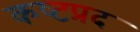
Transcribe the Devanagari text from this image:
कष्‍टप्रद